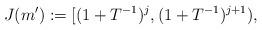
LaTeX: \begin{align*}J(m') := [(1+T^{-1})^{j}, (1+T^{-1})^{j+1}),\end{align*}